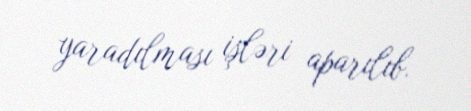
yaradılması işləri aparılıb.